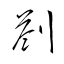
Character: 剳